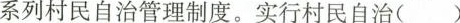
系列村民自治管理制度。实行村民自治()